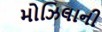
મોઝિલાની